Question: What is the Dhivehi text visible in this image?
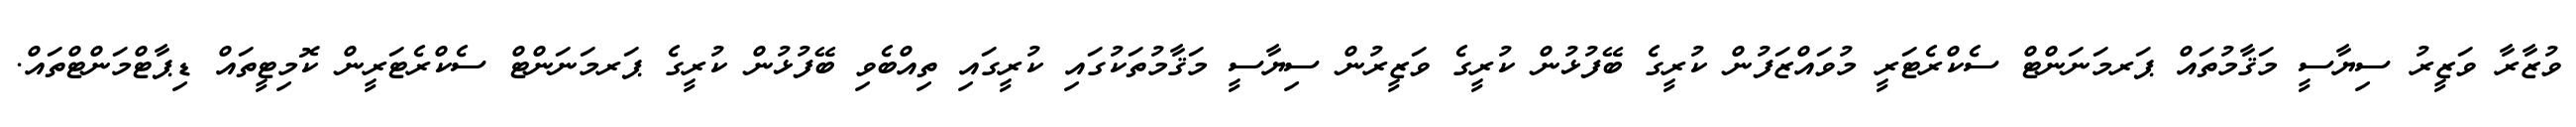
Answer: ވުޒާރާ ވަޒީރު ސިޔާސީ މަޤާމުތައް ޕަރމަނަންޓް ސެކްރެޓަރީ މުވައްޒަފުން ކުރީގެ ބޭފުޅުން ކުރީގެ ވަޒީރުން ސިޔާސީ މަޤާމުތަކުގައި ކުރީގައި ތިއްބެވި ބޭފުޅުން ކުރީގެ ޕަރމަނަންޓް ސެކްރެޓަރީން ކޮމިޓީތައް ޑިޕާޓްމަންޓްތައް.